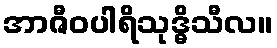
အာဇီဝပါရိသုဒ္ဓိသီလ။